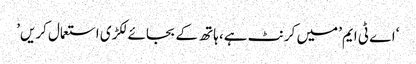
‘اے ٹی ایم’ میں کرنٹ ہے، ہاتھ کے بجائے لکڑی استعمال کریں’